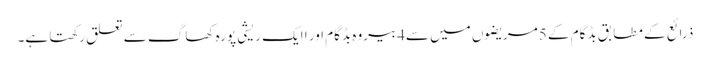
ذرائع کے مطابق بڈگام کے 5مریضوں میں سے4بیروہ بڈگام اور ا ایک ریشی پورہ کھاگ سے تعلق رکھتا ہے۔